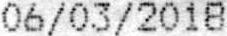
06/03/2018